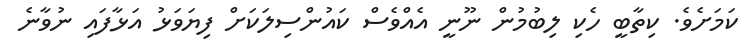
ކަމަށެވެ. ކިތާބީ ހެކި ލިބުމުން ނޫނީ އެއްވެސް ކައުންސިލަކަށް ފިޔަވަޅު އަޅާފައި ނުވާނެ